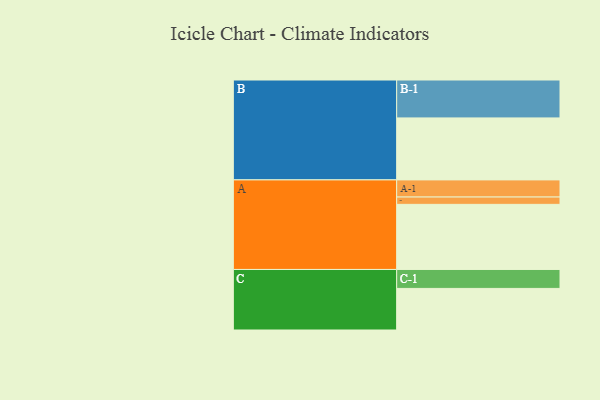
{"axis": {"x": "Segment", "y": "Value"}, "legend": ["", "A", "B", "C"], "data": [{"x": "A", "y": 498, "type": ""}, {"x": "B", "y": 474, "type": ""}, {"x": "C", "y": 318, "type": ""}, {"x": "A-1", "y": 131, "type": "A"}, {"x": "A-2", "y": 56, "type": "A"}, {"x": "B-1", "y": 290, "type": "B"}, {"x": "C-1", "y": 145, "type": "C"}]}